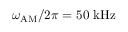
\omega _ { \mathrm { A M } } / 2 \pi = 5 0 ~ \mathrm { k H z }